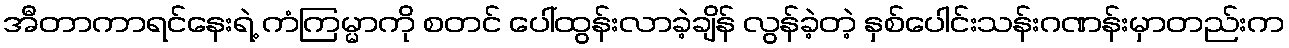
အီတာကာရင်နေးရဲ့ ကံကြမ္မာကို စတင် ပေါ်ထွန်းလာခဲ့ချိန် လွန်ခဲ့တဲ့ နှစ်ပေါင်းသန်းဂဏန်းမှာတည်းက